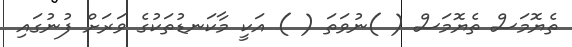
ތެޔޮމަސް ތެޔޮމަސް ( )ނުވަތަ ( ) އަކީ މާކަނޑުތަކުގެ ވަރަށް ފުނުގައި